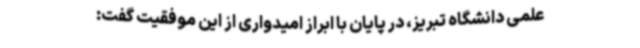
علمی دانشگاه تبریز، در پایان با ابراز امیدواری از این موفقیت گفت: